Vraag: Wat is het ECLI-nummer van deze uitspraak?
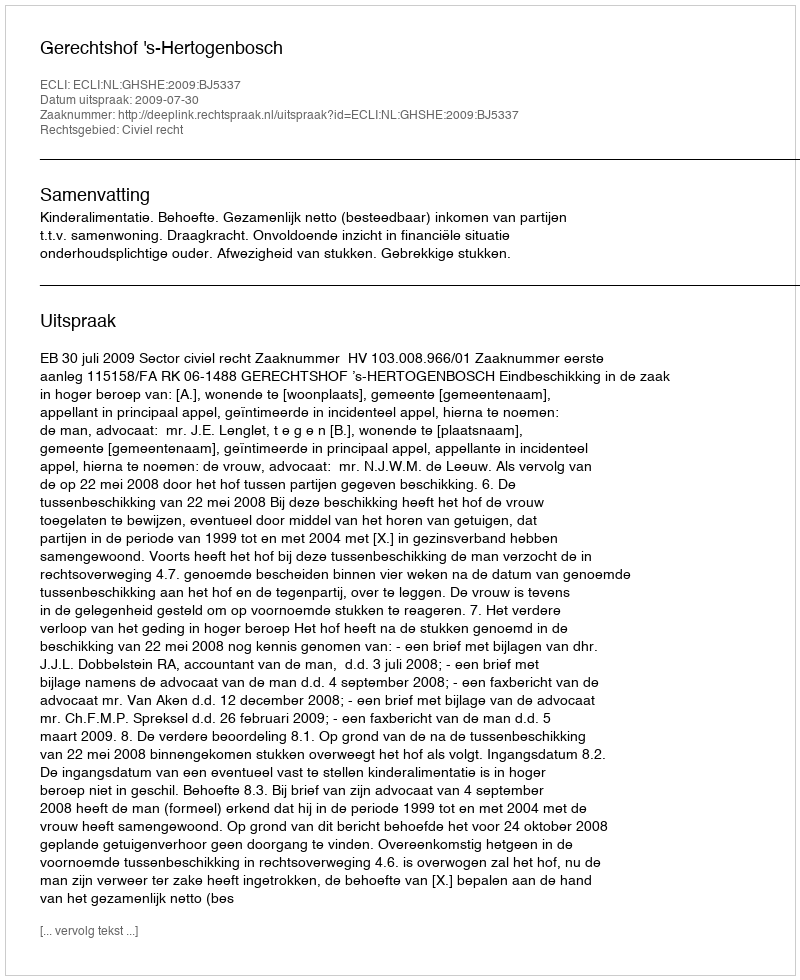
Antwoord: ECLI:NL:GHSHE:2009:BJ5337